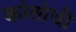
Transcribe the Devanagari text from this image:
कांतांची